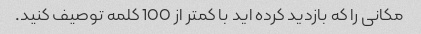
مکانی را که بازدید کرده اید با کمتر از 100 کلمه توصیف کنید.